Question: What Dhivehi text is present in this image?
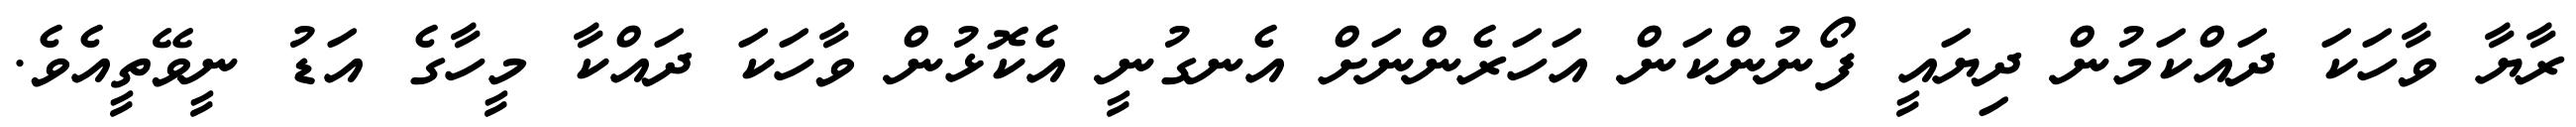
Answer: ރާޔާ ވާހަކަ ދައްކަމުން ދިޔައީ ފޯނުންކަން އަހަރެންނަށް އެނގުނީ އެކޮޅުން ވާހަކަ ދައްކާ މީހާގެ އަޑު ނީވޭތީއެވެ.